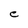
Character: e